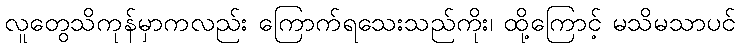
လူတွေသိကုန်မှာကလည်း ကြောက်ရသေးသည်ကိုး၊ ထို့ကြောင့် မသိမသာပင်